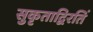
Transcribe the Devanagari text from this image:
सुकृताद्विरतिं